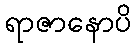
ရာဇာနောပိ